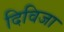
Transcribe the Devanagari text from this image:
दिविजा